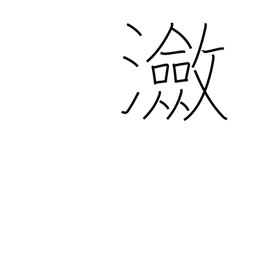
Meaning: rippling